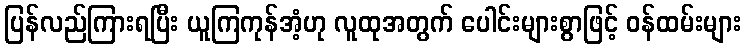
ပြန်လည်ကြားရပြီး ယူကြကုန်အံ့ဟု လူထုအတွက် ပေါင်းများစွာဖြင့် ဝန်ထမ်းများ